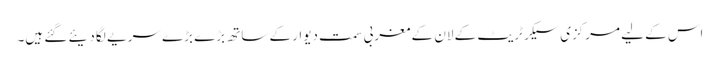
اس کے لیے مرکزی سیکرٹریٹ کے لان کے مغربی سمت دیوار کے ساتھ بڑے بڑے سریے لگا دیئے گئے ہیں۔